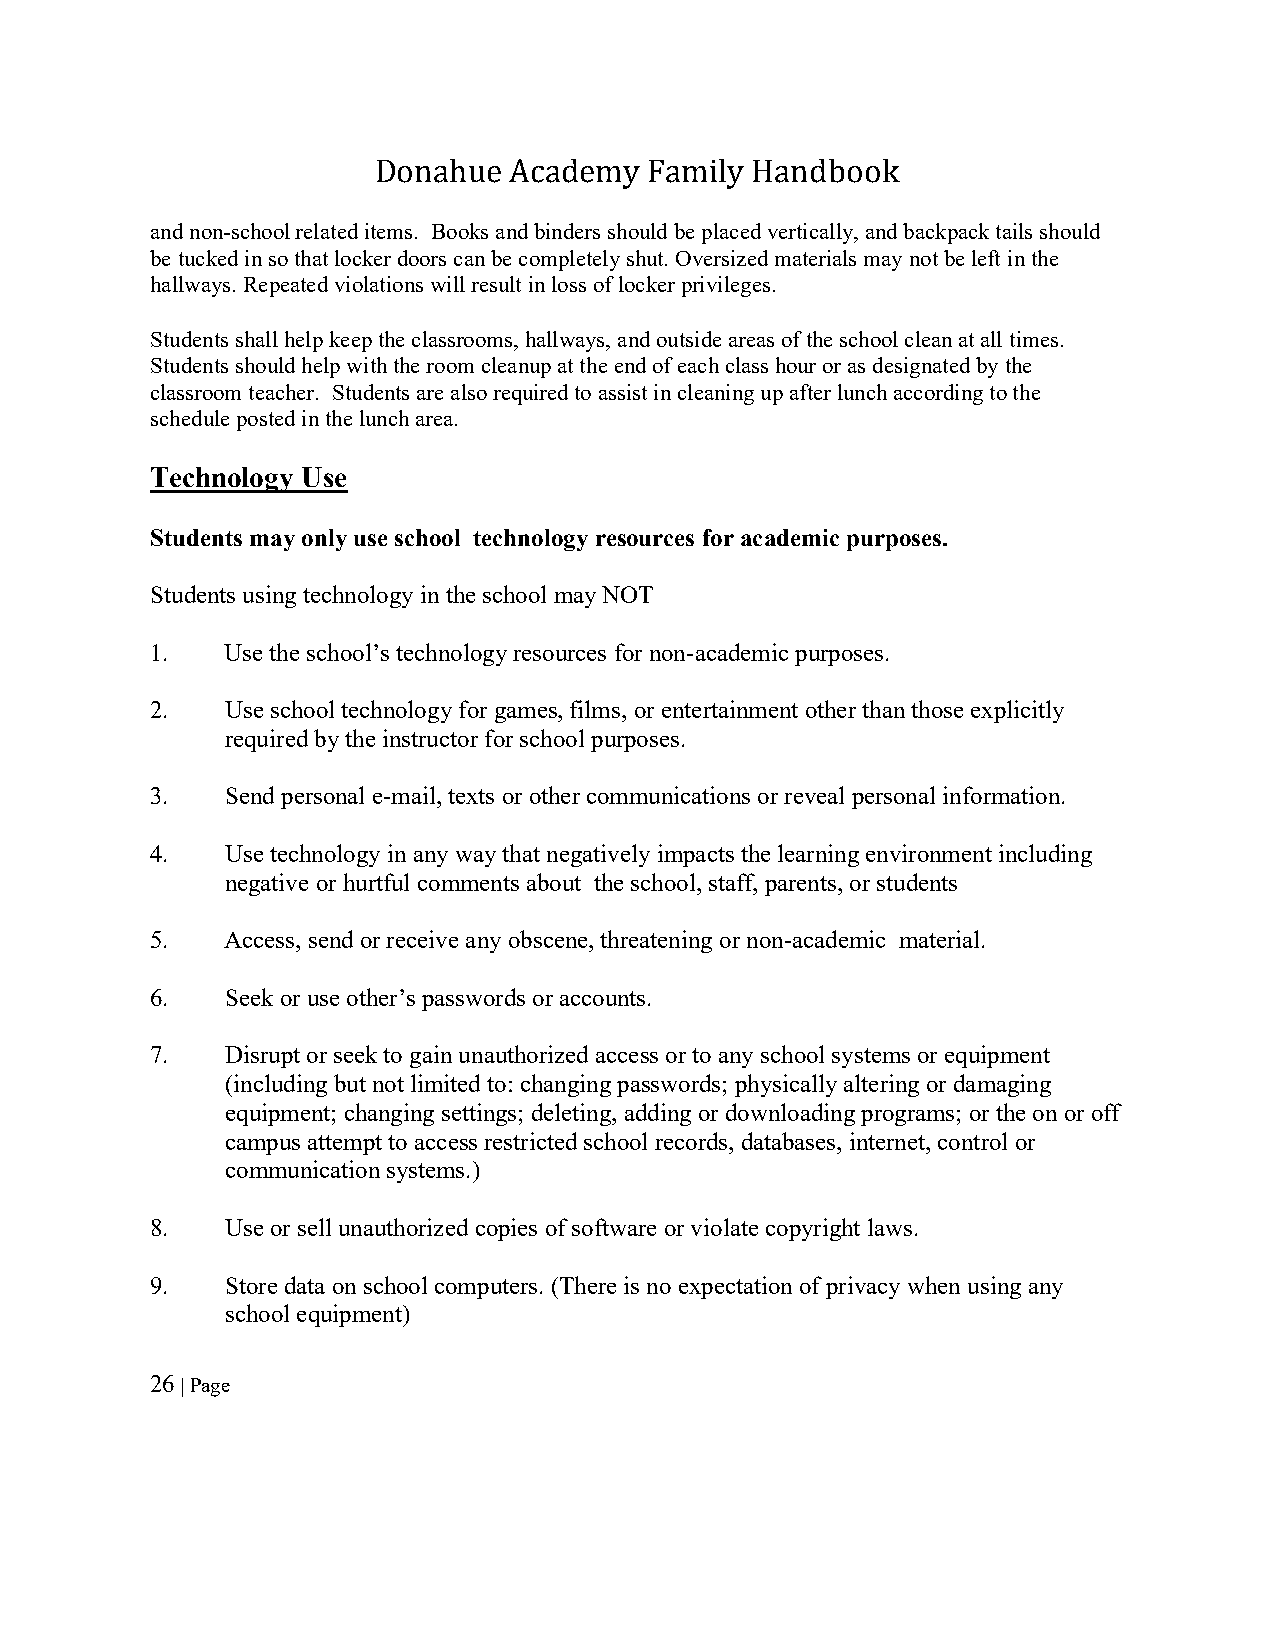
Donahue  Academy  Family Handbook
 and non-school related items. Books and binders should be placed vertically, and backpack tails should
 be tucked in so that locker doors can be completely shut. Oversized materials may not be left in the
 hallways. Repeated violations will result in loss of locker privileges.
 Students shall help keep the classrooms, hallways, and outside areas of the school clean at all times.
 Students should help with the room cleanup at the end of each class hour or as designated by the
 classroom teacher. Students are also required to assist in cleaning up after lunch according to the
 schedule posted in the lunch area.
 Technology Use
 Students may only use school technology resources for academic purposes.
 Students using technology in the school may NOT
 1.   Use the school’s technology resources for non-academic purposes.
 2.   Use school technology for games, films, or entertainment other than those explicitly
 required by the instructor for school purposes.
 3.   Send personal e-mail, texts or other communications or reveal personal information.
 4.   Use technology in any way that negatively impacts the learning environment including
 negative or hurtful comments about the school, staff, parents, or students
 5.   Access, send or receive any obscene, threatening or non-academic material.
 6.   Seek or use other’s passwords or accounts.
 7.   Disrupt or seek to gain unauthorized access or to any school systems or equipment
 (including but not limited to: changing passwords; physically altering or damaging
 equipment; changing settings; deleting, adding or downloading programs; or the on or off
 campus attempt to access restricted school records, databases, internet, control or
 communication systems.)
 8.   Use or sell unauthorized copies of software or violate copyright laws.
 9.   Store data on school computers. (There is no expectation of privacy when using any
 school equipment)
 26 | Page